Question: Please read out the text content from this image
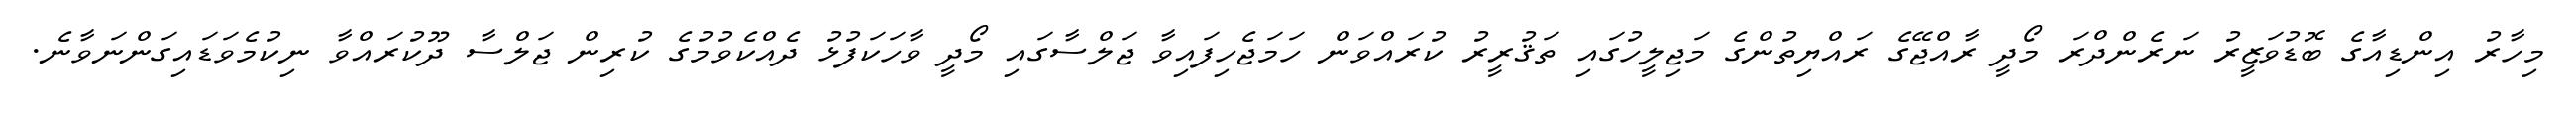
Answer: މިހާރު އިންޑިއާގެ ބޮޑުވަޒީރު ނަރެންދްރަ މޯދީ ރާއްޖޭގެ ރައްޔިތުންގެ މަޖިލީހުގައި ތަޤުރީރު ކުރައްވަން ހަމަޖެހިފައިވާ ޖަލްސާގައި މޯދީ ވާހަކަފުޅު ދެއްކެވުމުގެ ކުރިން ޖަލްސާ ދޫކުރައްވާ ނިކުމެވަޑައިގަންނަވާނެ.